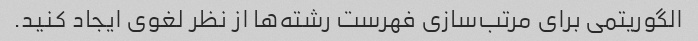
الگوریتمی برای مرتب‌سازی فهرست رشته‌ها از نظر لغوی ایجاد کنید.